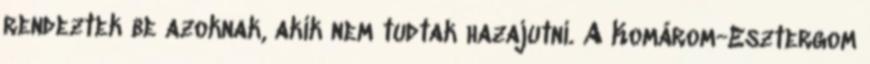
rendeztek be azoknak, akik nem tudtak hazajutni. A Komárom-Esztergom